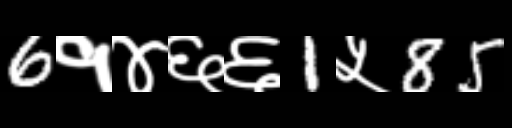
Text: 6१४६६1५85